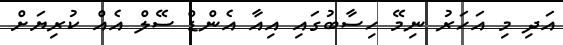
އަދި މި އަހަރު ނިމޭ ހިސާބުގައި އިއާ އެންޑް ސޭލް އެއް ކުރިޔަށް